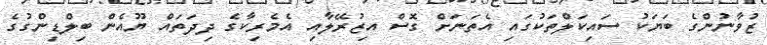
ޒުވާނުންގެ ބަޔަކު ސައިކަލްތަކުގައި އެތަނަށް ގޮސް އިޒުރޭލާއި އެމެރިކާގެ ދިދަތައް ޔޫއެން ބިލްޑިންގުގެ